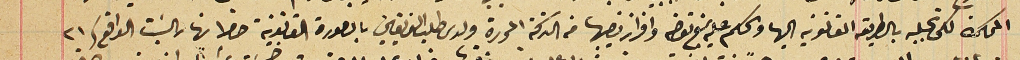
المحكمة لكى تجلبه بالطريقه القانونية اليها والحكم عليه بمنع تعرض وافراز نصيبها من التركة المحررة ولدى طلب الفريقين بالصورة القانونية حضرا نهار السَبت الواقع فى٢١